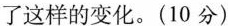
了这样的变化。(10分)